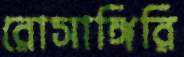
রোসাঙ্গিরি